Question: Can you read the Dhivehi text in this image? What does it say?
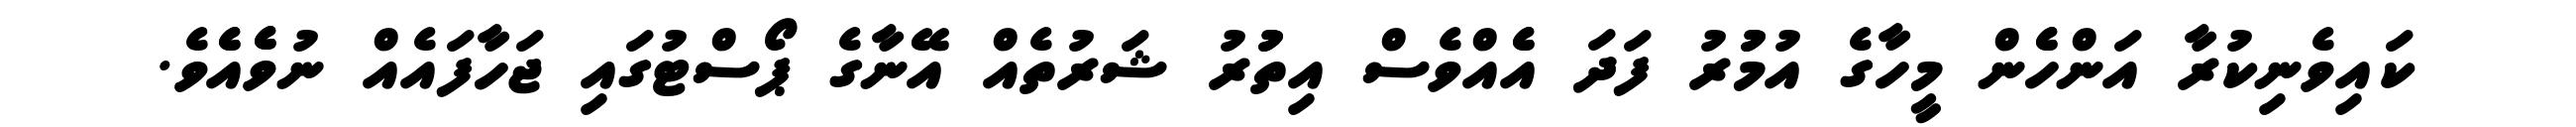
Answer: ކައިވެނިކުރާ އަންހެެން މީހާގެ އުމުުރު ފަދަ އެެއްވެސް އިތުުރު ޝަރުތެއް އޭނާގެ ޕޯސްޓުގައި ޖަހާފައެއް ނުވެެއެެވެ.